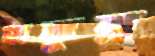
হাক্কুর